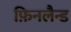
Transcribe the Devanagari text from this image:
फ़िनलैन्ड